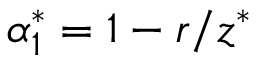
\alpha _ { 1 } ^ { * } = 1 - r / z ^ { * }